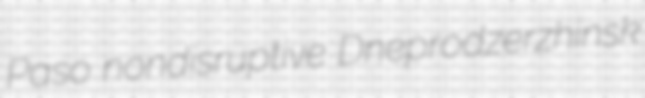
Paso nondisruptive Dneprodzerzhinsk